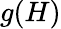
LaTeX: g(H)